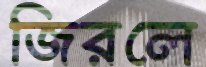
জিরলে